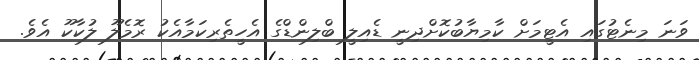
ވަނަ މިނެޓުގައި އެޓީމަށް ކާމިޔާބުކޮށްދިނީ ޑެއިލީ ބްލިންޑްގެ އެހީތެރިކަމާއެކު ރޮމެލޫ ލުކާކޫ އެވެ.